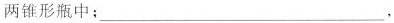
两锥形瓶中；___，